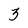
Character: 3